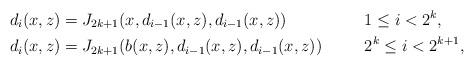
LaTeX: \begin{align*} d_i(x,z) & = J_{2k+1}(x,d_{i-1}(x,z),d_{i-1}(x,z)) && 1\leq i< 2^k, \\ d_i(x,z) & = J_{2k+1}(b(x,z),d_{i-1}(x,z),d_{i-1}(x,z)) && 2^k\leq i<2^{k+1},\end{align*}